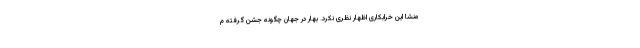
منشا این خرابکاری اظهار نظری نکرد. بهار در جهان چگونه جشن گرفته م